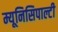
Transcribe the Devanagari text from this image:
म्यूनिसिपाल्टी